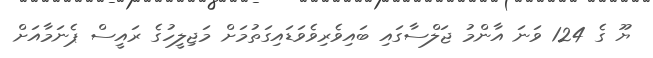
ޔޫ ގެ 124 ވަނަ އާންމު ޖަލްސާގައި ބައިވެރިވެވަޑައިގަތުމަށް މަޖިލީހުގެ ރައީސް ޕެނަމާއަށް